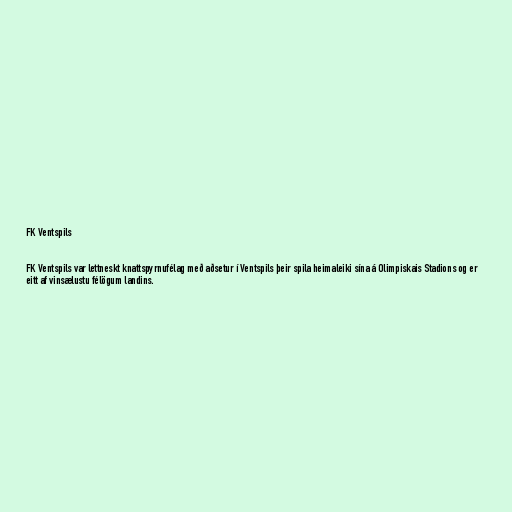
FK Ventspils

FK Ventspils var lettneskt knattspyrnufélag með aðsetur í Ventspils þeir spila heimaleiki sína á Olimpiskais Stadions og er
eitt af vinsælustu félögum landins.